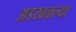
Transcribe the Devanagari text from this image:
अडखळल्या